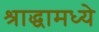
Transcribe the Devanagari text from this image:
श्राद्धामध्ये